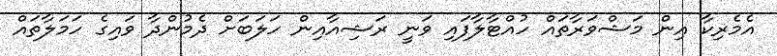
އެމެރިކާ އިން މަޝްވަރާތައް ހުއްޓާލާފައި ވަނީ ރަޝިއާއިން ހަލަބަށް ދެމުންދާ ވައިގެ ހަމަލާތައް